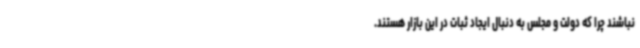
نباشند چرا که دولت و مجلس به دنبال ایجاد ثبات در این بازار هستند.